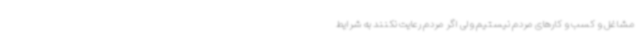
مشاغل و کسب و کارهای مردم نیستیم ولی اگر مردم رعایت نکنند به شرایط